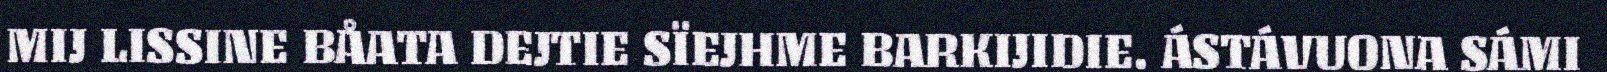
MIJ LISSINE BÅATA DEJTIE SÏEJHME BARKIJIDIE. ÁSTÁVUONA SÁMI